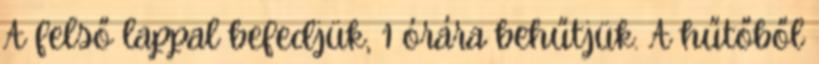
A felső lappal befedjük, 1 órára behűtjük. A hűtőből